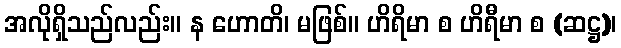
အလိုရှိသည်လည်း။ န ဟောတိ၊ မဖြစ်။ ဟိရိမာ စ ဟိရီမာ စ (ဆဋ္ဌ)၊